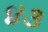
૪૩